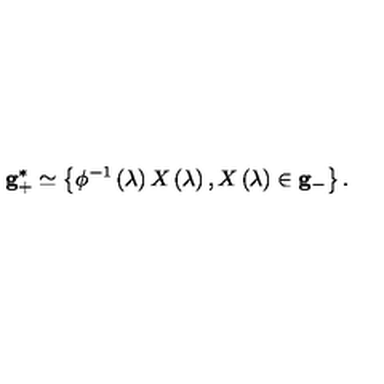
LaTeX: { \bf g } _ { + } ^ { * } \simeq \left\{ \phi ^ { - 1 } \left( \lambda \right) X \left( \lambda \right) , X \left( \lambda \right) \in { \bf g } _ { - } \right\} .